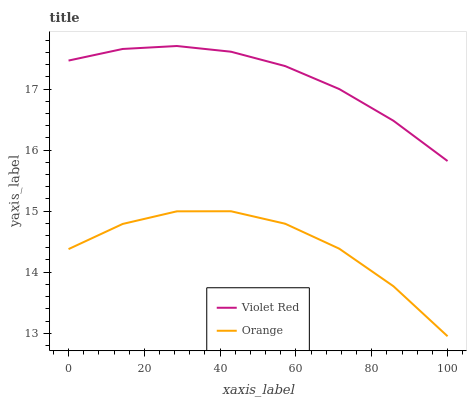
| xaxis_label | Violet Red | Orange |
 | --- | --- | --- |
 | 0 | 17.5 | 14.4 |
 | 14.3 | 17.7 | 14.8 |
 | 28.6 | 17.7 | 15 |
 | 42.9 | 17.6 | 15 |
 | 57.1 | 17.4 | 14.8 |
 | 71.4 | 17 | 14.4 |
 | 85.7 | 16.5 | 13.8 |
 | 100 | 15.8 | 13 |